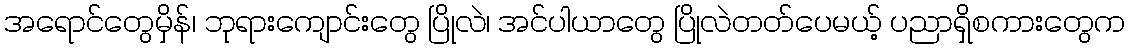
အရောင်တွေမှိန်၊ ဘုရားကျောင်းတွေ ပြိုလဲ၊ အင်ပါယာတွေ ပြိုလဲတတ်ပေမယ့် ပညာရှိစကားတွေက